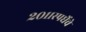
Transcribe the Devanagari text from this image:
२०११स्पर्धेचे